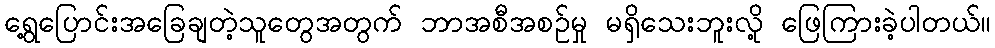
ရွေ့ပြောင်းအခြေချတဲ့သူတွေအတွက် ဘာအစီအစဉ်မှု မရှိသေးဘူးလို့ ဖြေကြားခဲ့ပါတယ်။